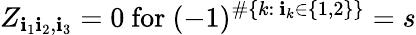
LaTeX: Z_{\mathbf{i}_{1}\mathbf{i}_{2},\mathbf{i}_{3}}=0\mathrm{{~for~}}(-1)^{\# \{ k:\ \mathbf{i}_{k}\in\{ 1,2\} \} }=s